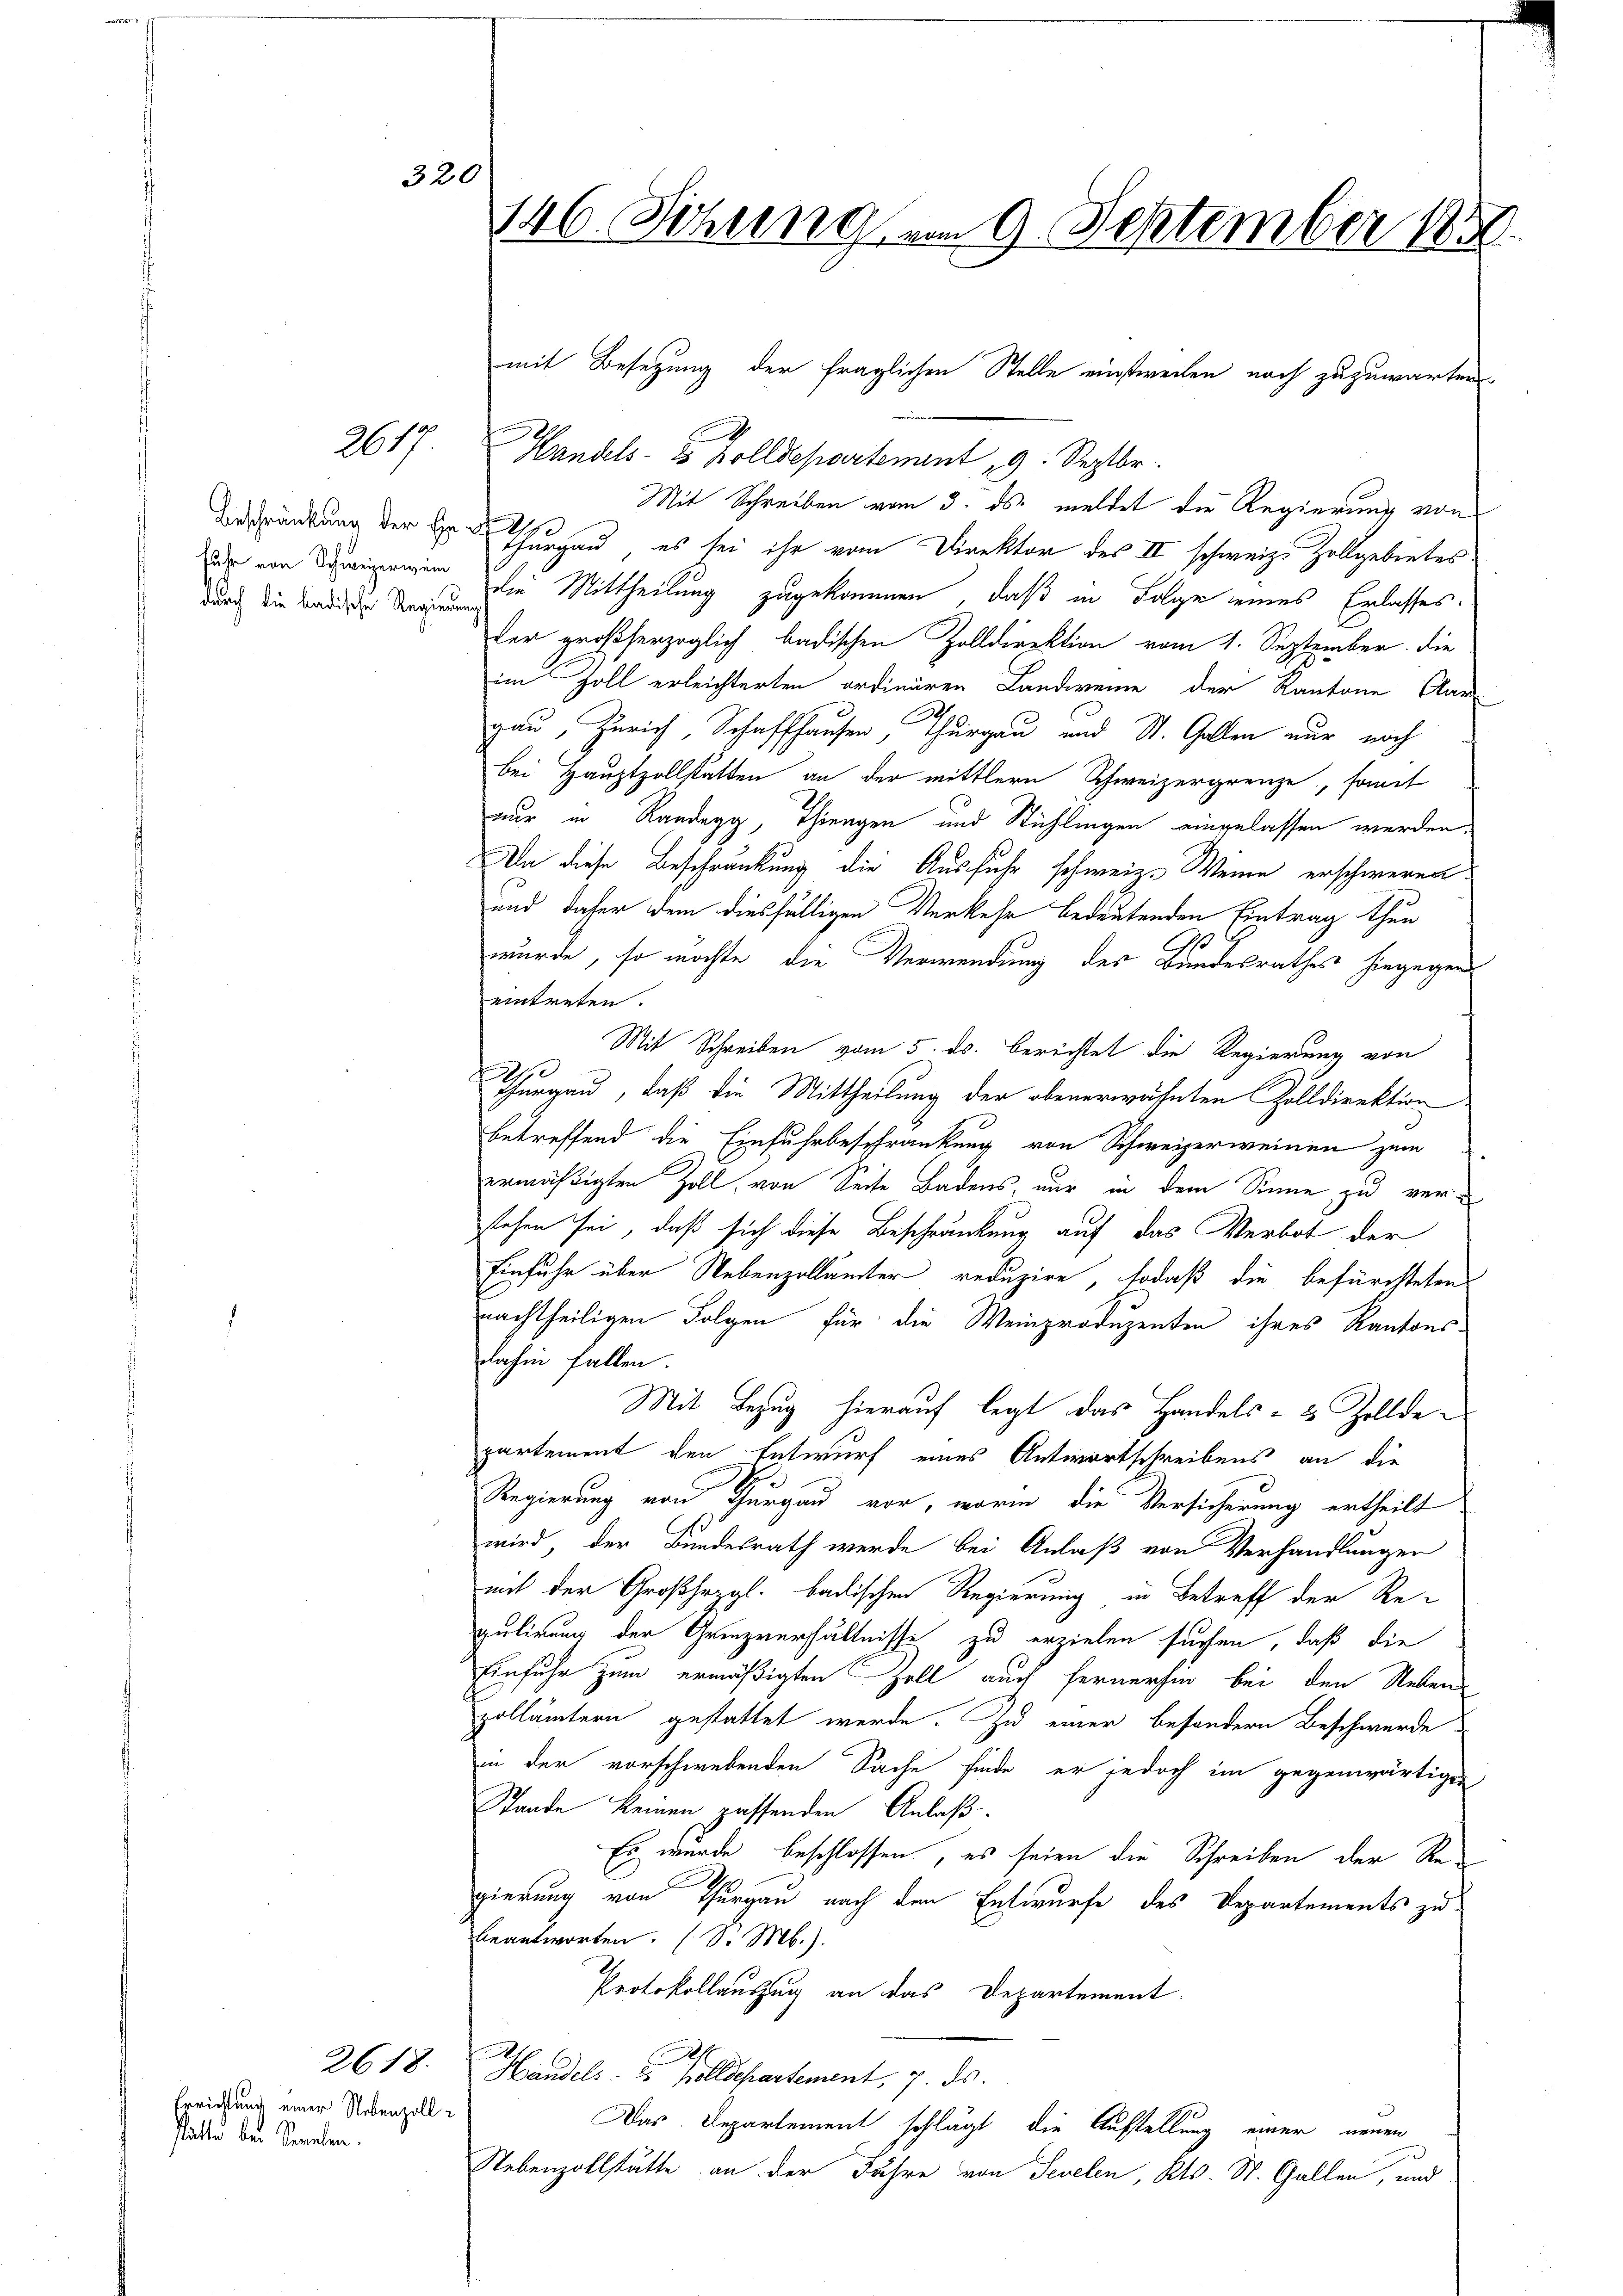
320

fuhr von Schweizerwein

Errichtung einer Nebenzoll-
Plätte bei Senelen.

2617. Handels- & Zolldepartement 9. Septbr.
Mit Schreiben vom 3. ds. meldet die Regierung von
1
Bekränkung der Hr. Thurgau, es sei ihr vom Direktor des II schweiz. Zollgebietes
durch die Bedien dem Mittheilung zugekommen, daß in Folge eines Erlasses.
der großherzoglich badischen Zolldirektion vom 1. September die
im Zoll erleichterten ordinären Landweine der Kantone Klar
.
gau, Zürich, Schaffhausen, Thurgau und St. Gallen nur noch
bei Hauptzollstätten an der mittlern Schweizergrenze, somet
nur in Randegg, Thiengen und Stühlingen eingelassen werden,
Da diese Beschränkung die Ausfuhr schweiz. Weine erschweren.
und daher dem diesfälligen Verkehr bedeutenden Eintrag thun
wurde, so möchte die Verwendung des Bundesrathes hingegen
eintreten.
Mit Schreiben vom 5. ds. berichtet die Regierung von
2
Thurgau, daß die Mittheilung der obenerwähnten Zolldirektion
betreffend die Einfuhrbeschränkung von Schweizerweinen zum
ermäßigten Zoll, von Seite Badens, nur in dem Sinne zu verstehen sei, daß sich diese Beschränkung auf das Verbot der
Einfuhr über Nebenzollämter reduzire, sodaß die befürchteten
nachtheiligen Folgen für die Weinproduzenten ihres Kantons-
dahin fallen.
Mit Bezug hierauf legt das Handels- & Zolldepartement den Entwurf eines Antwortschreibens an die
Regierung von Thurgau vor, worin die Versicherung ertheilt
wird, der Bundesrath werde bei Anlaß von Verhandlungen
mit der Großhezgl. badischen Regierung in Betreff der Re-
gulirung der Grenzverhältnisse zu erzielen suchen, daß die
Einfuhr zum ermäßigten Zoll auch fernerhin bei den Neben-
pollämtern gestattet werde. Zu einer besondern Beschwerde
in der vorschwebenden Sache finde, er jedoch im gegenwärtigen
Stande keinen passenden Anlaß
Es wurde beschlossen, es seien die Schreiben der Regierung von Thurgau nach den Entwurfe des Departements zu
beantworten. (So Mb.).
Protokollauszug an das Departement.
2618. Handels Holldepartement, 7. ds.
Das Departement schlägt die Aufstellung einer neuen
Nebenzollstätte an der Fahre von Sevelen, Kts. St. Gallen, und

146. Sitzung vom 9. September 1839.

mit Besetzung der fraglichen Stelle einstweilen noch zuzuwarten